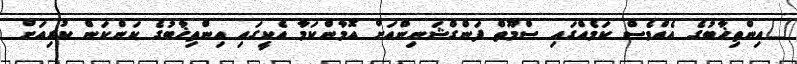
"އިންތިޚާބުގެ އެއްވެސް ކަމެއްގައި ސްމޫތް ފަންގްޝަނިންއަށް އޮމާންކަމާ އެކީގައި އިންތިޚާބުގެ ކަންކަން ކުރިއަށް